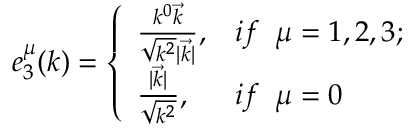
e _ { 3 } ^ { \mu } ( k ) = \left\{ \begin{array} { l l } { { \frac { k ^ { 0 } \vec { k } } { \sqrt { k ^ { 2 } } | \vec { k } | } , } } & { { i f \; \; \mu = 1 , 2 , 3 ; } } \\ { { \frac { | \vec { k } | } { \sqrt { k ^ { 2 } } } , } } & { { i f \; \; \mu = 0 } } \end{array} \right.